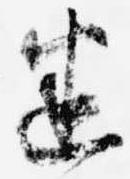
迷